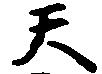
天